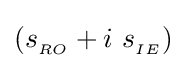
(s_{_{RO}}+i\ s_{_{IE}})